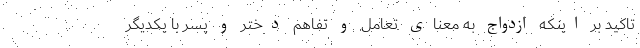
تاکید بر اینکه ازدواج به معنای تعامل و تفاهم دختر و پسر با یکدیگر